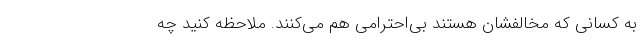
به کسانی که مخالفشان هستند بی‌احترامی هم می‌کنند. ملاحظه کنید چه